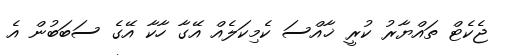
ޖެކެޓް ތައްޔާރު ކުރީ ޚާއްސަ ކެމިކަލެއް އޭގާ ހާކާ އޭގެ ސަބަބުން އެ